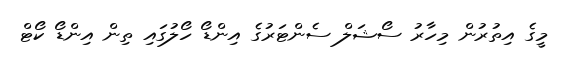
މީގެ އިތުރުން މިހާރު ސޯޝަލް ސެންޓަރުގެ އިންޑޯ ހޯލުގައި ތިން އިންޑޯ ކޯޓް